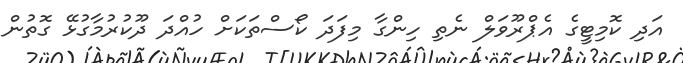
އަދި ކޮމިޓީގެ އެޕްރޫވަލް ނެތި ހިންގާ މިފަދަ ކޯސްތަކަށް ހުއްދަ ދޫކުރުމާގުޅޭ ގޮތުން